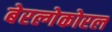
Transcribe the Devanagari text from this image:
बेरल्गेकोरल